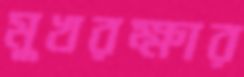
মুখরক্ষার